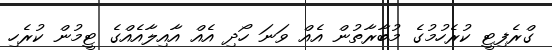
ގްރެފިޓީ ކުރެހުމުގެ މުބާރާތުން އެއް ވަނަ ހޯދި އެއް އާއިލާއެއްގެ ޓީމުން ކުރެހި